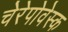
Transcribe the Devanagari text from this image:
चेरेपोवेस्क